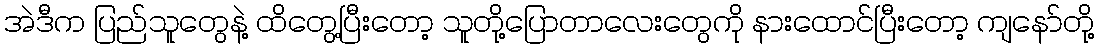
အဲဒီက ပြည်သူတွေနဲ့ ထိတွေ့ပြီးတော့ သူတို့ပြောတာလေးတွေကို နားထောင်ပြီးတော့ ကျနော်တို့